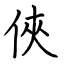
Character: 俠